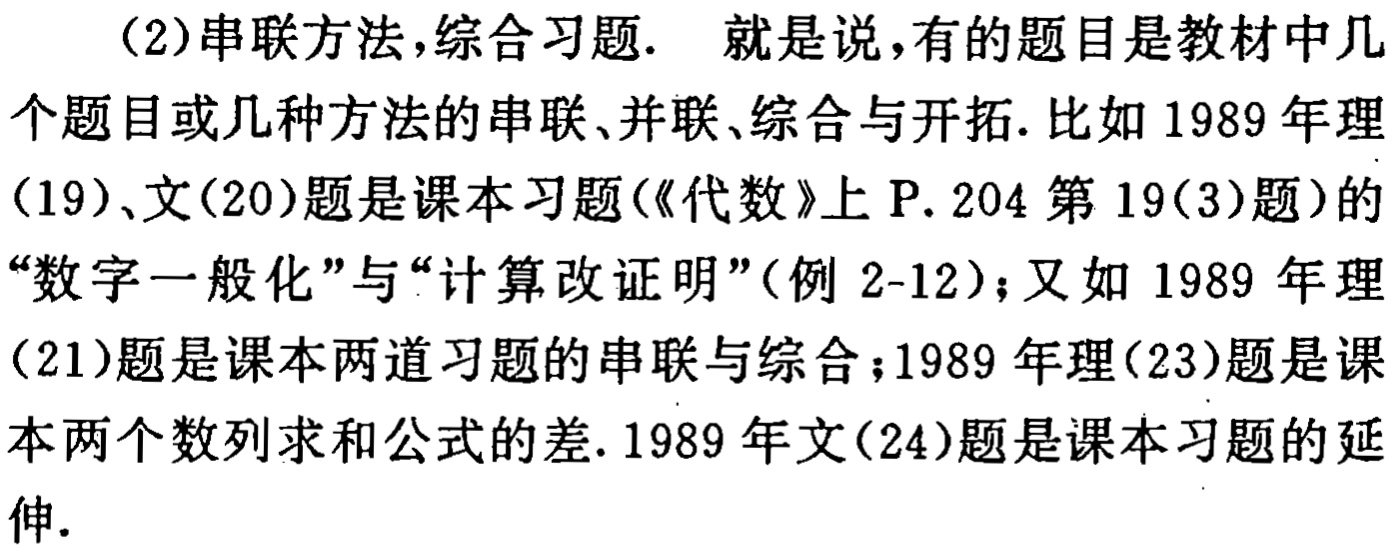
（2）串联方法，综合习题. 就是说，有的题目是教材中几个题目或几种方法的串联、并联、综合与开拓. 比如 1989 年理（19）、文（20）题是课本习题(《代数》上 P. 204 第 19(3)题）的“数字一般化”与“计算改证明”(例 2-12)；又如 1989 年理（21）题是课本两道习题的串联与综合；1989 年理（23）题是课本两个数列求和公式的差. 1989 年文（24）题是课本习题的延伸.